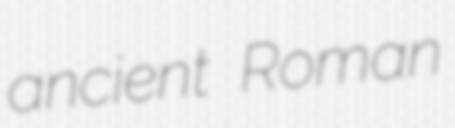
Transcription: ancient Roman